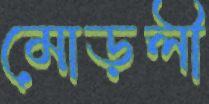
মোড়লী